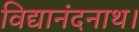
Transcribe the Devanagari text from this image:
विद्यानंदनाथ।